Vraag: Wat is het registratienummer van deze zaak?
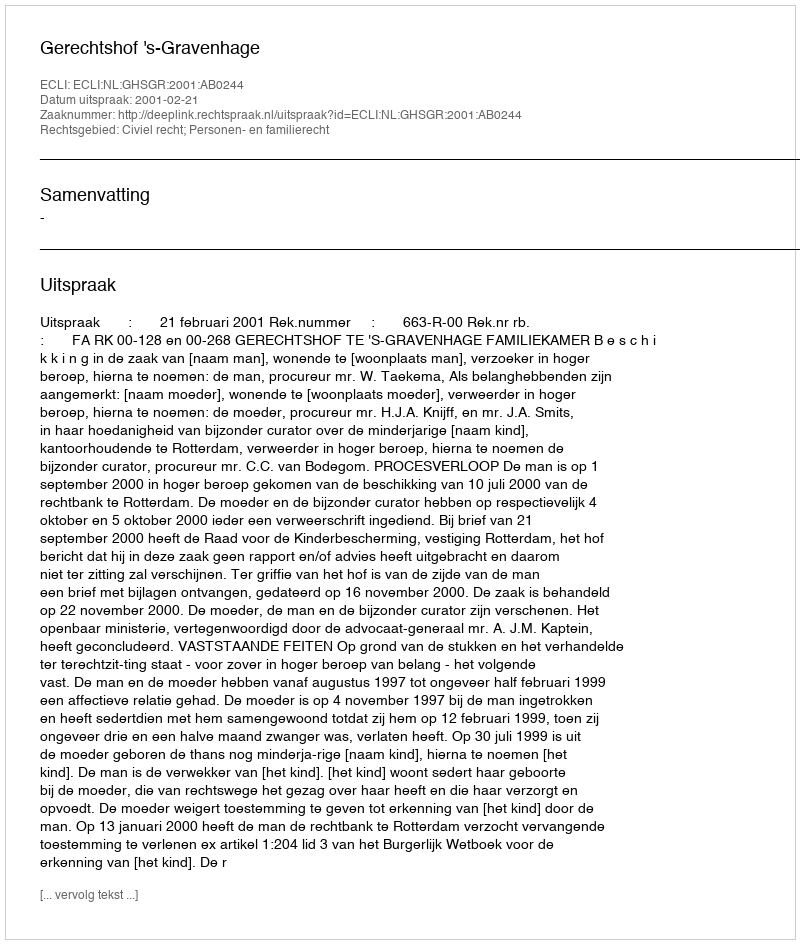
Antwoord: http://deeplink.rechtspraak.nl/uitspraak?id=ECLI:NL:GHSGR:2001:AB0244